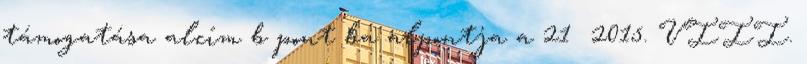
támogatása alcím b pont ba alpontja a 21 2015. VIII.